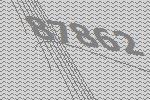
87862